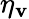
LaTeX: \eta_{\mathbf{v}}